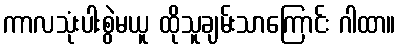
ကာလသုံးပါးစွဲမယူ ထိုသူချမ်းသာကြောင်း ဂါထာ။